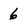
Character: 6